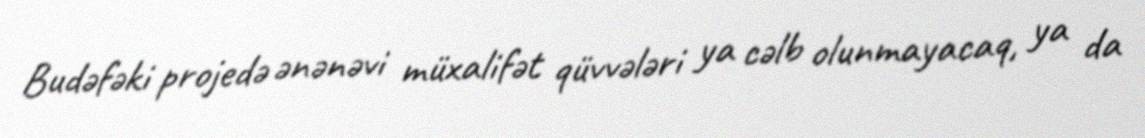
Budəfəki projedə ənənəvi müxalifət qüvvələri ya cəlb olunmayacaq, ya da